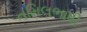
તમિલભાષી